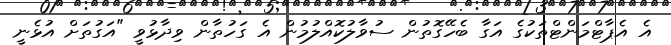
އެ އެޕާޓްމަންޓްތަކުގެ އަގާ ބެހޭގޮތުން ސުވާލުކޮއްލުމުން އެ ގަހުތާން ވިދާޅުވީ "އަގުތަށް އުޅެނީ